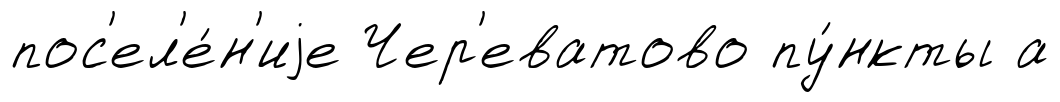
пос'ел'е́н'иjе Чер'еватово пу́нкты а